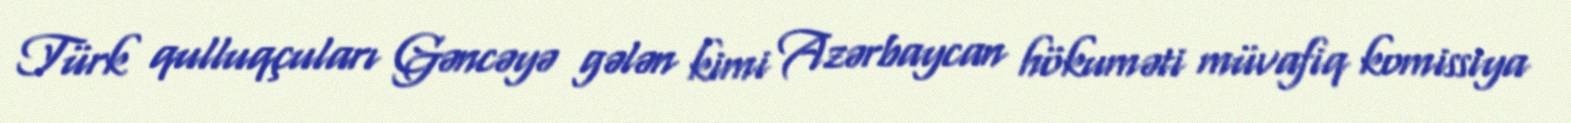
Türk qulluqçuları Gəncəyə gələn kimi Azərbaycan hökuməti müvafiq komissiya